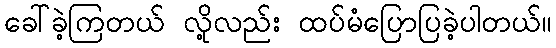
ခေါ်ခဲ့ကြတယ် လို့လည်း ထပ်မံပြောပြခဲ့ပါတယ်။